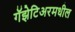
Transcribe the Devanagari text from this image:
गॅझेटिअरमधील